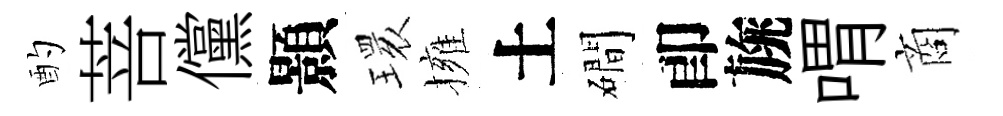
酌菩儻顥𤨔擁土磵卽旐喟商